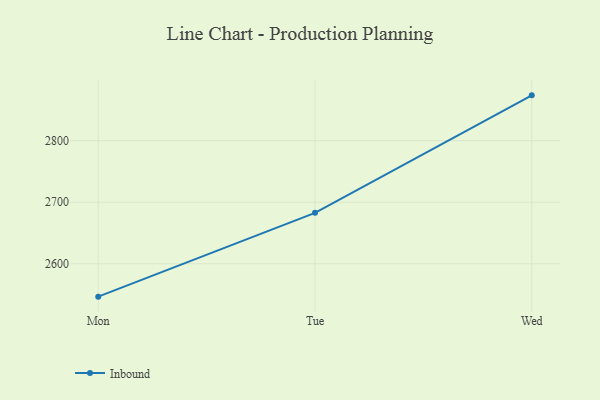
{"axis": {"x": "Day", "y": "Bounce Rate (%)"}, "legend": ["Inbound"], "data": [{"x": "Mon", "y": 2546.6, "type": "Inbound"}, {"x": "Tue", "y": 2682.7, "type": "Inbound"}, {"x": "Wed", "y": 2873.6, "type": "Inbound"}]}